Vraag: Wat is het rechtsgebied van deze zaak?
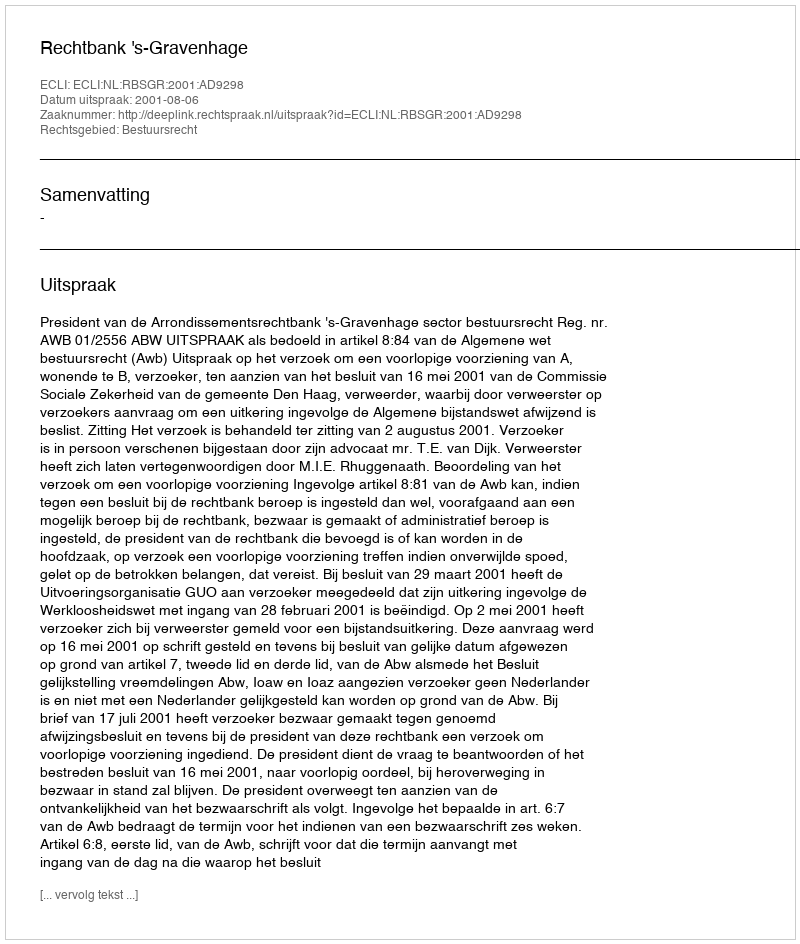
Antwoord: Bestuursrecht